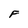
Character: F